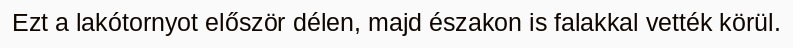
Ezt a lakótornyot először délen, majd északon is falakkal vették körül.